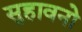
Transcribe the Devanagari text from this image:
सुहावनो